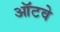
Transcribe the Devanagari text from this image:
ऑटवे